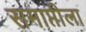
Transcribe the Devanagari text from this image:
समाप्तीला